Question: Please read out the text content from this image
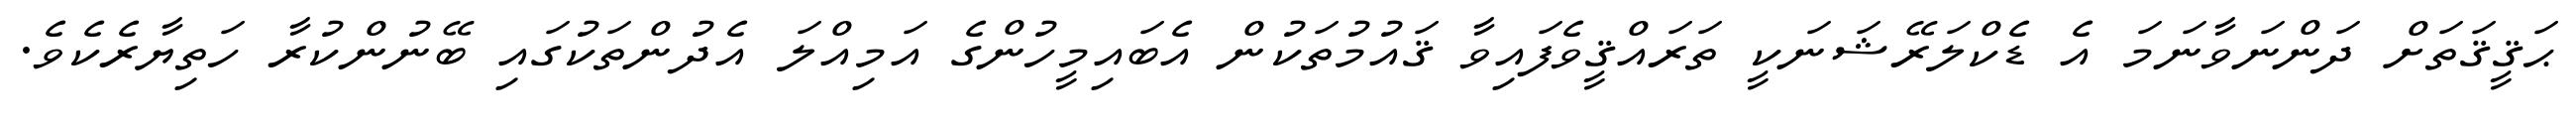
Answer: ޙަޤީޤަތަށް ދަންނަވާނަމަ އެ ޑެކްލަރޭޝަނަކީ ތަރައްޤީވެފައިވާ ޤައުމުތަކުން އެބައިމީހުންގެ އަމިއްލަ އެދުންތަކުގައި ބޭނުންކުރާ ހަތިޔާރެކެވެ.